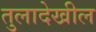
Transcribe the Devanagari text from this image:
तुलादेखील